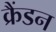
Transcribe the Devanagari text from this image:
क्रैंडन